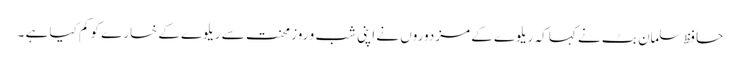
حافظ سلمان بٹ نے کہا کہ ریلوے کے مزدوروں نے اپنی شب و روز محنت سے ریلوے کے خسارے کو کم کیا ہے ۔